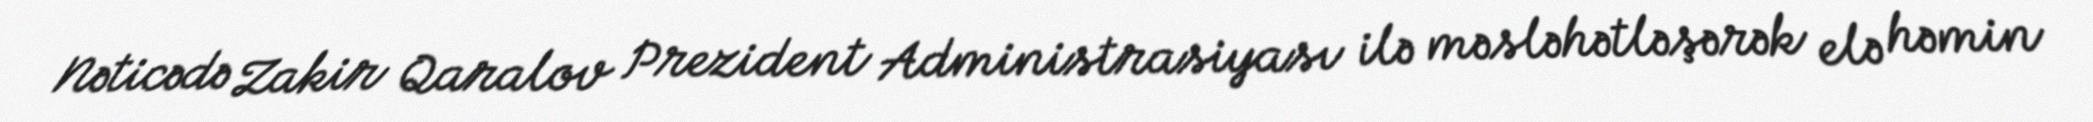
Nəticədə Zakir Qaralov Prezident Administrasiyası ilə məsləhətləşərək elə həmin